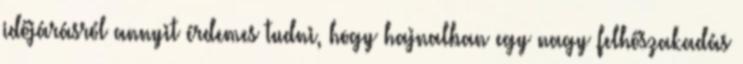
időjárásról annyit érdemes tudni, hogy hajnalban egy nagy felhőszakadás